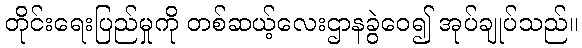
တိုင်းရေးပြည်မှုကို တစ်ဆယ့်လေးဌာနခွဲဝေ၍ အုပ်ချုပ်သည်။